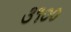
૩૧૦૦